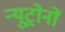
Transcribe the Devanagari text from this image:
न्यूट्रोनों